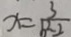
x = \frac { 3 } { b ^ { 2 } 2 }